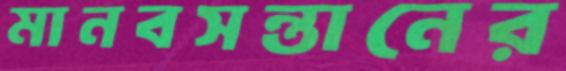
মানবসন্তানের